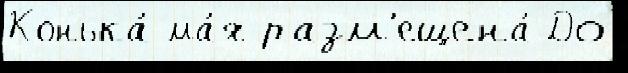
Конька́ ма́я разм'ещена́ До